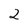
Character: 2